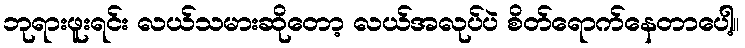
ဘုရားဖူးရင်း လယ်သမားဆိုတော့ လယ်အလုပ်ပဲ စိတ်ရောက်နေတာပေါ့။